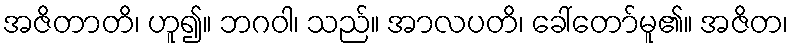
အဇိတာတိ၊ ဟူ၍။ ဘဂဝါ၊ သည်။ အာလပတိ၊ ခေါ်တော်မူ၏။ အဇိတ၊